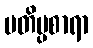
ပတိပ္ပစာရာ